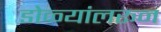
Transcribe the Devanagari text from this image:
डोळ्यांलरून